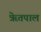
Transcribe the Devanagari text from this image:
ॠेतपाल